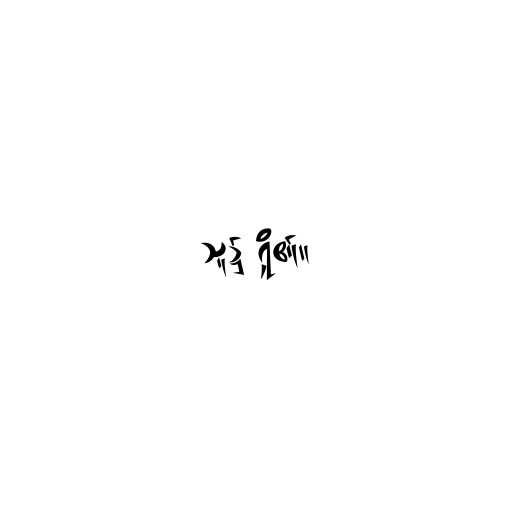
သူ၌ ရှိ၏။